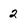
Character: 2